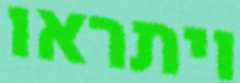
ויתראו